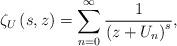
LaTeX: \begin{align*} \zeta _{U}\left( s,z\right) =\sum_{n=0}^{\infty }\frac{1}{\left(z+U_{n}\right) ^{s}},\end{align*}